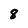
Character: 8